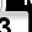
Digit: 3